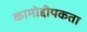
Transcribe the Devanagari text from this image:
कामोद्दीपकता